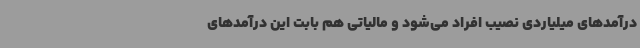
درآمدهای میلیاردی نصیب افراد می‌شود و مالیاتی هم بابت این درآمدهای